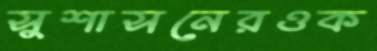
সুশাসনেরওক